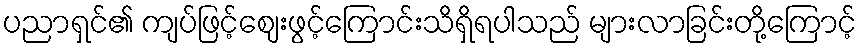
ပညာရှင်၏ ကျပ်ဖြင့်ဈေးဖွင့်ကြောင်းသိရှိရပါသည် များလာခြင်းတို့ကြောင့်